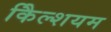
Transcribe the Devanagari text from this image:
कैिल्शयम